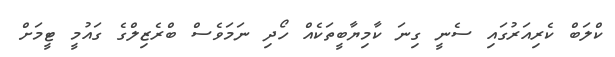
ކްލަބް ކެރިއަރުގައި ސެނީ ގިނަ ކާމިޔާބީތަކެއް ހޯދި ނަމަވެސް ބްރެޒިލްގެ ގައުމީ ޓީމަށް